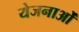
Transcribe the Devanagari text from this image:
येजनाओं